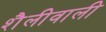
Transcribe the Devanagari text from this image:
शैलीवाली